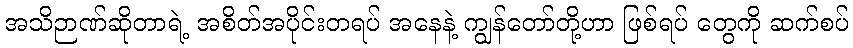
အသိဉာဏ်ဆိုတာရဲ့ အစိတ်အပိုင်းတရပ် အနေနဲ့ ကျွန်တော်တို့ဟာ ဖြစ်ရပ် တွေကို ဆက်စပ်